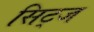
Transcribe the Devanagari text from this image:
सिट्ज